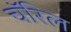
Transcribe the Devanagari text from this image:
चॅरिल